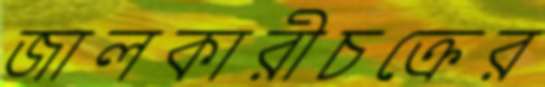
জালকারীচক্রের